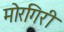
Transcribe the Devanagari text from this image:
मोरगिरी